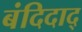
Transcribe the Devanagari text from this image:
बंदिदाद्